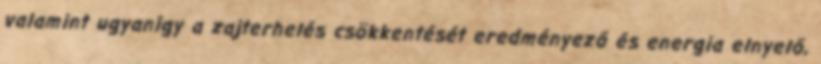
valamint ugyanígy a zajterhelés csökkentését eredményező és energia elnyelő,